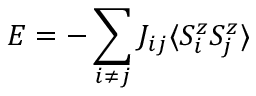
E = - \sum _ { i \neq j } J _ { i j } \langle S _ { i } ^ { z } S _ { j } ^ { z } \rangle